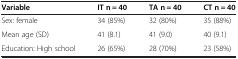
| Variable | IT n = 40 | TA n = 40 | CT n = 40 |
 | --- | --- | --- | --- |
 | Sex: female | 34 (85%) | 32 (80%) | 35 (88%) |
 | Mean age (SD) | 41 (8.1) | 41 (9.0) | 40 (9.1) |
 | Education: High school | 26 (65%) | 28 (70%) | 23 (58%) |